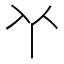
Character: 𠁥